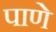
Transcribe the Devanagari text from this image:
पाणे